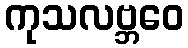
ကုသလဗ္ဘဝေ